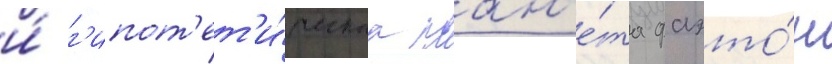
и́ г'ипот'ет'и́ческаа план'е́та фаэто́н